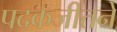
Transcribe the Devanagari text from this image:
पदकजीतने